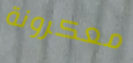
معكرونة